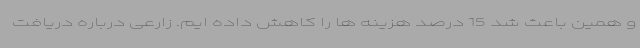
و همین باعث شد 15 درصد هزینه ها را کاهش داده ایم. زارعی درباره دریافت